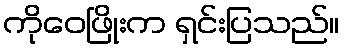
ကိုဝေဖြိုးက ရှင်းပြသည်။